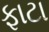
ફાટા